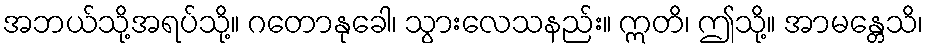
အဘယ်သို့အရပ်သို့။ ဂတောနုခေါ၊ သွားလေသနည်း။ ဣတိ၊ ဤသို့။ အာမန္တေသိ၊